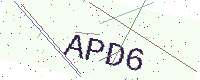
Text: APD6